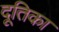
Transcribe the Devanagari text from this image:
दूतिका